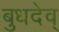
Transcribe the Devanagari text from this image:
बुधदेव्